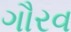
ગૌરવ